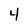
Character: 4